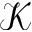
\mathcal { K }